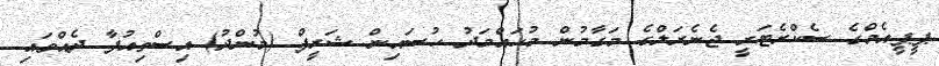
ޕީޕީއެމްގެ ސެކްރެޓަރީ ޖެނެރަލްގެ މަގާމުން މުހައްމަދު ހުސައިން ޝަރީފް (މުންދު) އިސްތިއުފާ ދެއްވައި